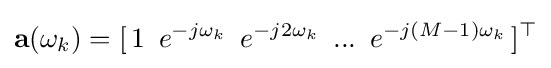
\mathbf {a} (\omega _{k})=[\,1\,\ e^{-j\omega _{k}}\,\ e^{-j2\omega _{k}}\,\ ...\,\ e^{-j(M-1)\omega _{k}}\,]^{\top }